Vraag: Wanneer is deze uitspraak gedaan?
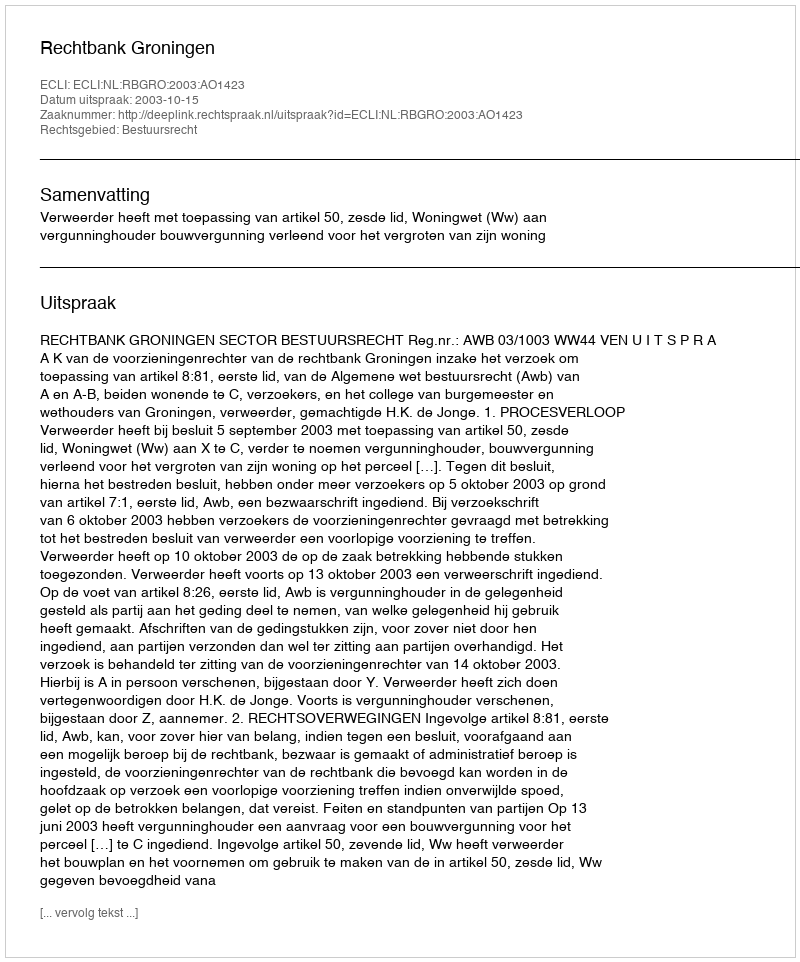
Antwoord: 2003-10-15